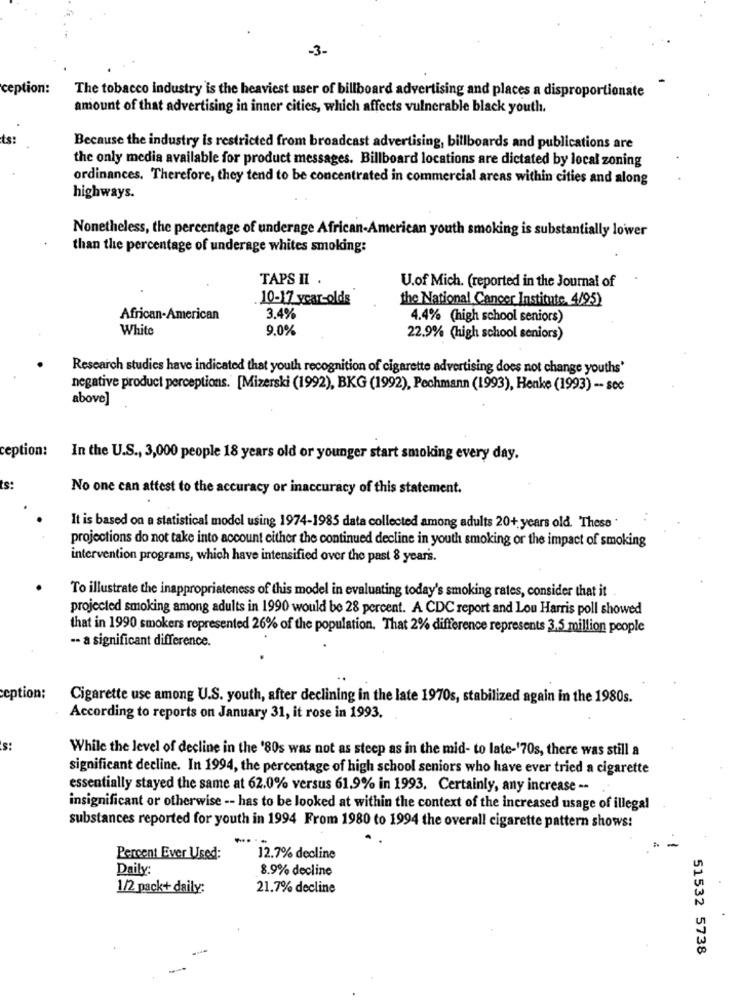
-3-
ception:
The tobacco industry is the heaviest user of billboard advertising and places a disproportionate
amount of that advertising in inner cities, which affects vulnerable black youth.
ts:
Because the industry is restricted from broadcast advertising, billboards and publications are
the only media available for product messages. Billboard locations are dictated by local zoning
ordinances. Therefore, they tend to be concentrated in commercial areas within cities and along
highways.
Nonetheless, the percentage of underage African-American youth smoking is substantially lower
than the percentage of underage whites smoking:
TAPS II .
U.of Mich. (reported in the Journal of
. 10-17 year-olds
the National Cancer Institute 4/95)
African-American
3.4%
4.4% (high school seniors)
White
9.0%
22.9% (high school seniors)
Research studies have indicated that youth recognition of cigarette advertising does not change youths'
negative product perceptions. [Mizerski (1992), BKG (1992), Pechmann (1993), Henke (1993) -- sec
above]
ception:
In the U.S ., 3,000 people 18 years old or younger start smoking every day.
No one can attest to the accuracy or inaccuracy of this statement.
It is based on a statistical model using 1974-1985 data collected among adults 20+ years old. These '
projections do not take into account either the continued decline in youth smoking or the impact of smoking
intervention programs, which have intensified over the past 8 years.
To illustrate the inappropriateness of this model in evaluating today's smoking rates, consider that it
projected smoking among adults in 1990 would be 28 percent. A CDC report and Lou Harris poll showed
that in 1990 smokers represented 26% of the population. That 2% difference represents 3.5 million people
-- a significant difference.
ception:
Cigarette use among U.S. youth, after declining in the late 1970s, stabilized again in the 1980s.
According to reports on January 31, it rose in 1993.
s:
While the level of decline in the '80s was not as steep as in the mid- to late-'70s, there was still a
significant decline. In 1994, the percentage of high school seniors who have ever tried a cigarette
essentially stayed the same at 62.0% versus 61.9% in 1993. Certainly, any increase --
insignificant or otherwise -- has to be looked at within the context of the increased usage of illegal
substances reported for youth in 1994 From 1980 to 1994 the overall cigarette pattern shows!
Percent Ever Used:
12.7% decline
Daily:
8.9% decline
1/2 pack+ daily:
21.7% decline
51532 5738